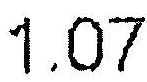
1.07